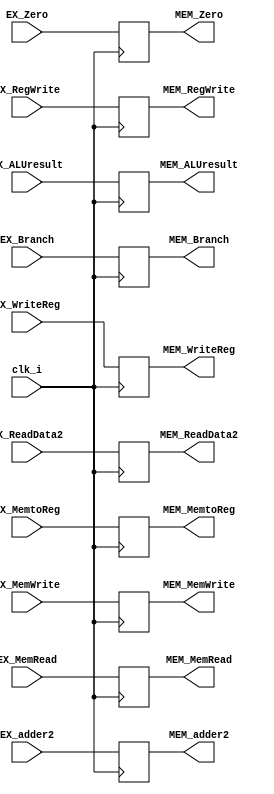
module EX_MEM( clk_i, EX_adder2, MEM_adder2, EX_ALUresult, MEM_ALUresult, EX_ReadData2, MEM_ReadData2, EX_WriteReg, MEM_WriteReg, EX_RegWrite, MEM_RegWrite, EX_Branch, MEM_Branch, EX_Zero, MEM_Zero, EX_MemtoReg, MEM_MemtoReg, EX_MemRead, MEM_MemRead, EX_MemWrite, MEM_MemWrite);
    input  clk_i;

    input  [32-1:0] EX_adder2, EX_ALUresult, EX_ReadData2;
    output [32-1:0] MEM_adder2, MEM_ALUresult, MEM_ReadData2;
    input  [5-1:0]  EX_WriteReg;
    output [5-1:0]  MEM_WriteReg;

    input  EX_RegWrite, EX_Branch, EX_Zero, EX_MemtoReg, EX_MemRead, EX_MemWrite;
    output MEM_RegWrite, MEM_Branch, MEM_Zero, MEM_MemtoReg, MEM_MemRead, MEM_MemWrite;

    reg    [32-1:0] MEM_adder2 = 32'd0, MEM_ALUresult = 32'd0, MEM_ReadData2 = 32'd0;
    reg    [5-1:0]  MEM_WriteReg = 5'd0;
    reg    MEM_RegWrite = 1'b0, MEM_Branch = 1'b0, MEM_Zero = 1'b0, MEM_MemtoReg = 1'b0, MEM_MemRead = 1'b0, MEM_MemWrite = 1'b0;

    always @(posedge clk_i) begin
        MEM_adder2 <= EX_adder2;
        MEM_ALUresult <= EX_ALUresult;
        MEM_ReadData2 <= EX_ReadData2;
        MEM_WriteReg <= EX_WriteReg;

        MEM_RegWrite <= EX_RegWrite;
        MEM_Branch <= EX_Branch;
        MEM_Zero <= EX_Zero;
        MEM_MemtoReg <= EX_MemtoReg;
        MEM_MemRead <= EX_MemRead;
        MEM_MemWrite <= EX_MemWrite;
    end

endmodule